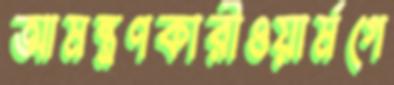
আমন্ত্রণকারীওয়ার্মগে